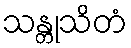
သန္တုသိတံ